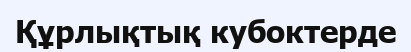
Құрлықтық кубоктерде